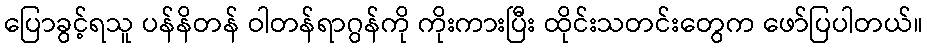
ပြောခွင့်ရသူ ပန်နိတန် ဝါတန်ရာဂွန်ကို ကိုးကားပြီး ထိုင်းသတင်းတွေက ဖော်ပြပါတယ်။